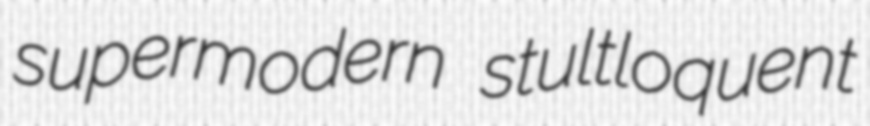
supermodern stultloquent